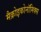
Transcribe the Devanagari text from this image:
मैक्रोइकोनॉमिक्स